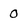
Character: 0